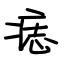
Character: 痣